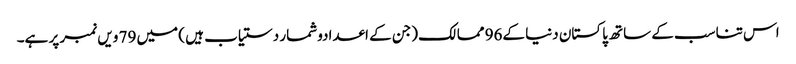
اس تناسب کے ساتھ پاکستان دنیا کے96 ممالک (جن کے اعدادوشمار دستیاب ہیں ) میں 79 ویں نمبر پر ہے۔